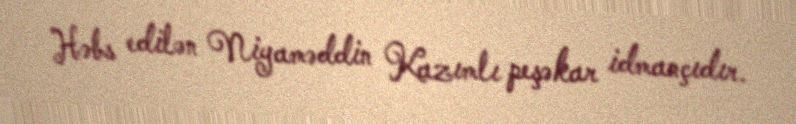
Həbs edilən Niyaməddin Kazımlı peşəkar idmançıdır.